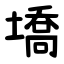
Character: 墧